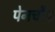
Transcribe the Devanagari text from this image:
पेनचौड